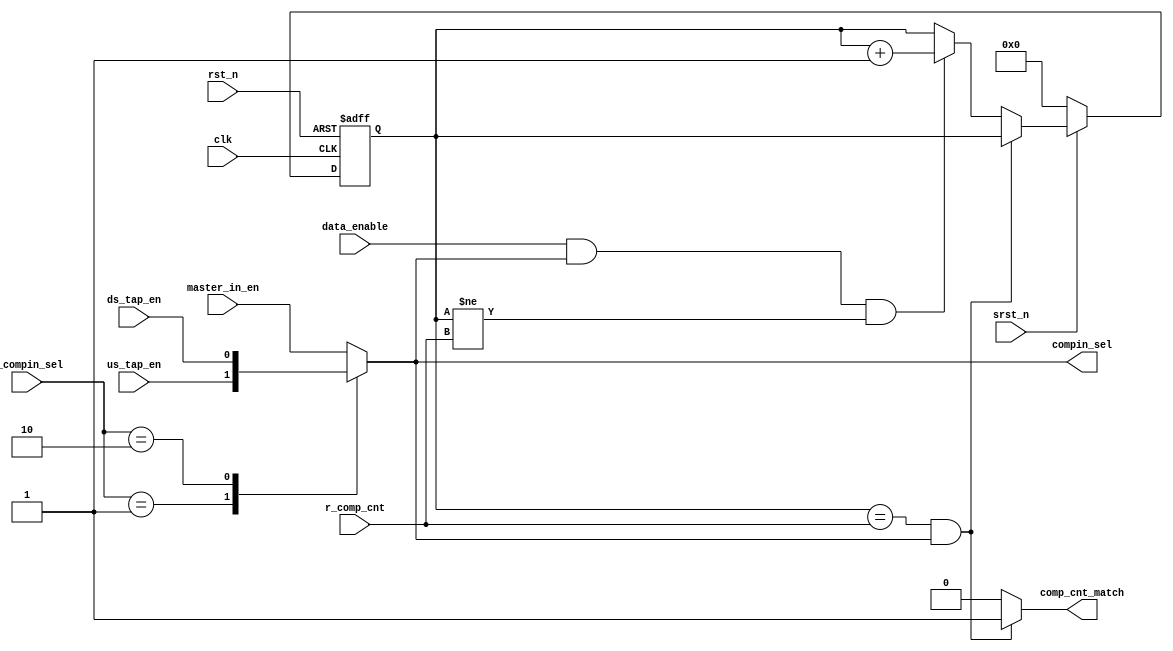
// SPDX-License-Identifier: Apache-2.0
// Copyright (C) 2019 Intel Corporation. All rights reserved
//------------------------------------------------------------------------
// (C) 2009 Altera Corporation. All rights reserved.  
//
//------------------------------------------------------------------------
// Revision:    $Revision: #4 $
//------------------------------------------------------------------------
// Description: 
//
//------------------------------------------------------------------------

module hdpldadapt_cmn_cp_comp_cntr
  #(
    parameter CNTWIDTH         = 'd8
    )
    (
    input  wire                clk,             // clock
    input  wire                rst_n,           // async reset
    input  wire                srst_n,          // async reset
    input  wire                data_enable,     // data enable / data valid
    input  wire                master_in_en,    
    input  wire                us_tap_en,   
    input  wire                ds_tap_en,  
    input  wire [1:0]          r_compin_sel,    // CRAM input select
    input  wire [CNTWIDTH-1:0] r_comp_cnt,      // CRAM timeout value
    output  reg                comp_cnt_match,   // output signal for match
    output wire		       compin_sel
     );

   localparam                  MASTER	         = 2'd0;
   localparam                  SLAVE_ABOVE		 = 2'd1;
   localparam                  SLAVE_BELOW		 = 2'd2;
   
   reg [CNTWIDTH-1:0] cnt, cnt_ns;
   reg                cnt_co;
   reg                cnt_enable;
//   reg		      cnt_enable_reg;
//   wire		      cnt_enable_neg_edge;

   always @*
     begin
        cnt_enable = master_in_en;
        cnt_ns = cnt;
        cnt_co = 1'b0;
        comp_cnt_match = 1'b0;
                        
        case (r_compin_sel)
          MASTER: begin
             cnt_enable = master_in_en;
          end
          SLAVE_ABOVE: begin
             cnt_enable = us_tap_en;
          end
          SLAVE_BELOW: begin
             cnt_enable = ds_tap_en;
          end
          default: begin
             cnt_enable = master_in_en;
          end
        endcase // case(r_compin_sel)

        
        if (cnt == r_comp_cnt && cnt_enable)
          begin
             comp_cnt_match = 1'b1;
          end
        else if (data_enable && cnt_enable && cnt != r_comp_cnt)
          begin
             {cnt_co,cnt_ns} = cnt + 1'b1;
          end
        
     end // always @ *

assign compin_sel = cnt_enable;
 
//   always @(negedge rst_n or posedge clk)
//     begin
//        if (~rst_n)
//          begin
//             cnt_enable_reg <= 1'b0;
//          end
//        else if (~srst_n)
//          begin
//             cnt_enable_reg <= 1'b0;
//          end
//        else 
//          begin
//             cnt_enable_reg <= cnt_enable;
//          end
//     end // always @ (negedge rst_n or posedge clk)               
 
//assign cnt_enable_neg_edge = ~cnt_enable && cnt_enable_reg;
 
   always @(negedge rst_n or posedge clk)
     begin
        if (~rst_n)
          begin
             cnt <= {CNTWIDTH{1'b0}};
          end
//        else if (~srst_n || cnt_enable_neg_edge)
        else if (~srst_n)
          begin
             cnt <= {CNTWIDTH{1'b0}};
          end
        else 
          begin
             cnt <= cnt_ns;
          end
     end // always @ (negedge rst_n or posedge clk)               
   
endmodule // hdpldadapt_cmn_cp_comp_cntr